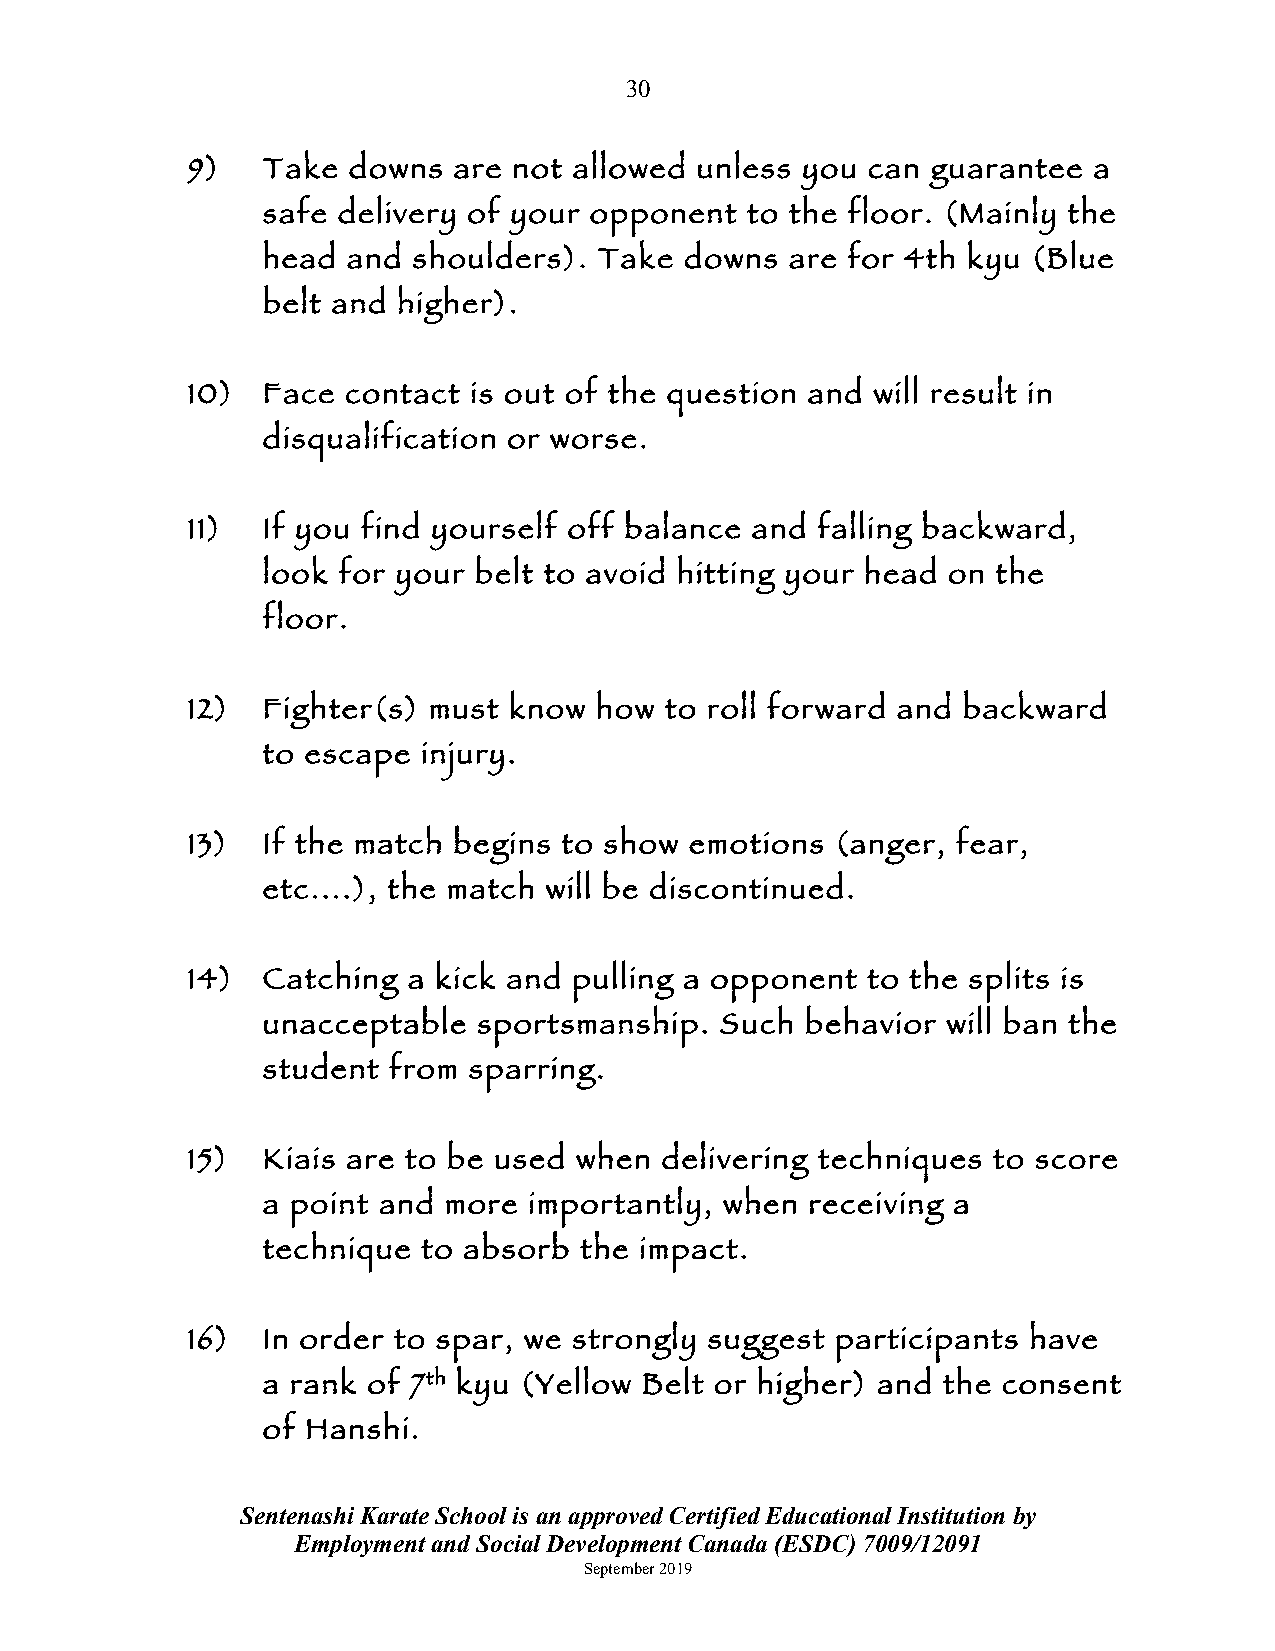
30
 9)   Take  downs  are not allowed unless you can  guarantee a
 safe delivery of your opponent  to the floor. (Mainly the
 head  and shoulders).  Take downs  are for 4th kyu (Blue
 belt and higher).
 10)  Face  contact is out of the question and will result in
 disqualification or worse.
 11)  If you find yourself off balance and falling backward,
 look for your belt to avoid hitting your head on the
 floor.
 12)  Fighter(s) must  know how  to roll forward and backward
 to escape  injury.
 13)  If the match begins to show  emotions (anger, fear,
 etc....), the match will be discontinued.
 14)  Catching  a kick and pulling a opponent to the splits is
 unacceptable   sportsmanship.  Such behavior  will ban the
 student  from sparring.
 15)  Kiais are to be used when  delivering techniques to score
 a point and more  importantly, when  receiving a
 technique  to absorb the impact.
 16)  In order to spar, we strongly suggest participants have
 a rank of 7th kyu (Yellow Belt or higher) and the consent
 of Hanshi.
 Sentenashi Karate School is an approved Certified Educational Institution by
 Employment and Social Development Canada (ESDC) 7009/12091
 September 2019